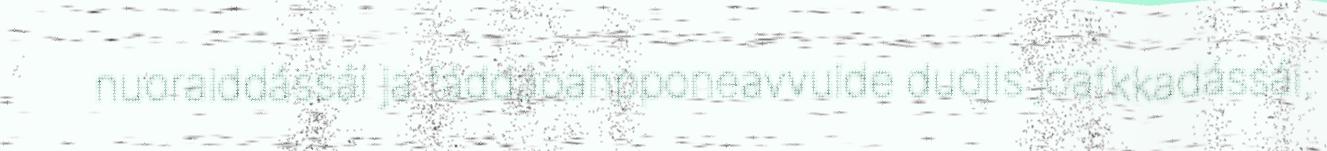
nuoraiddássái ja fáddáoahpponeavvuide duojis joatkkadássái.